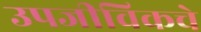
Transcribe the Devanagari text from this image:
उपजीविकचे